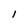
Character: I